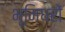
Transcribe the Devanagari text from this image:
भूमिधरों